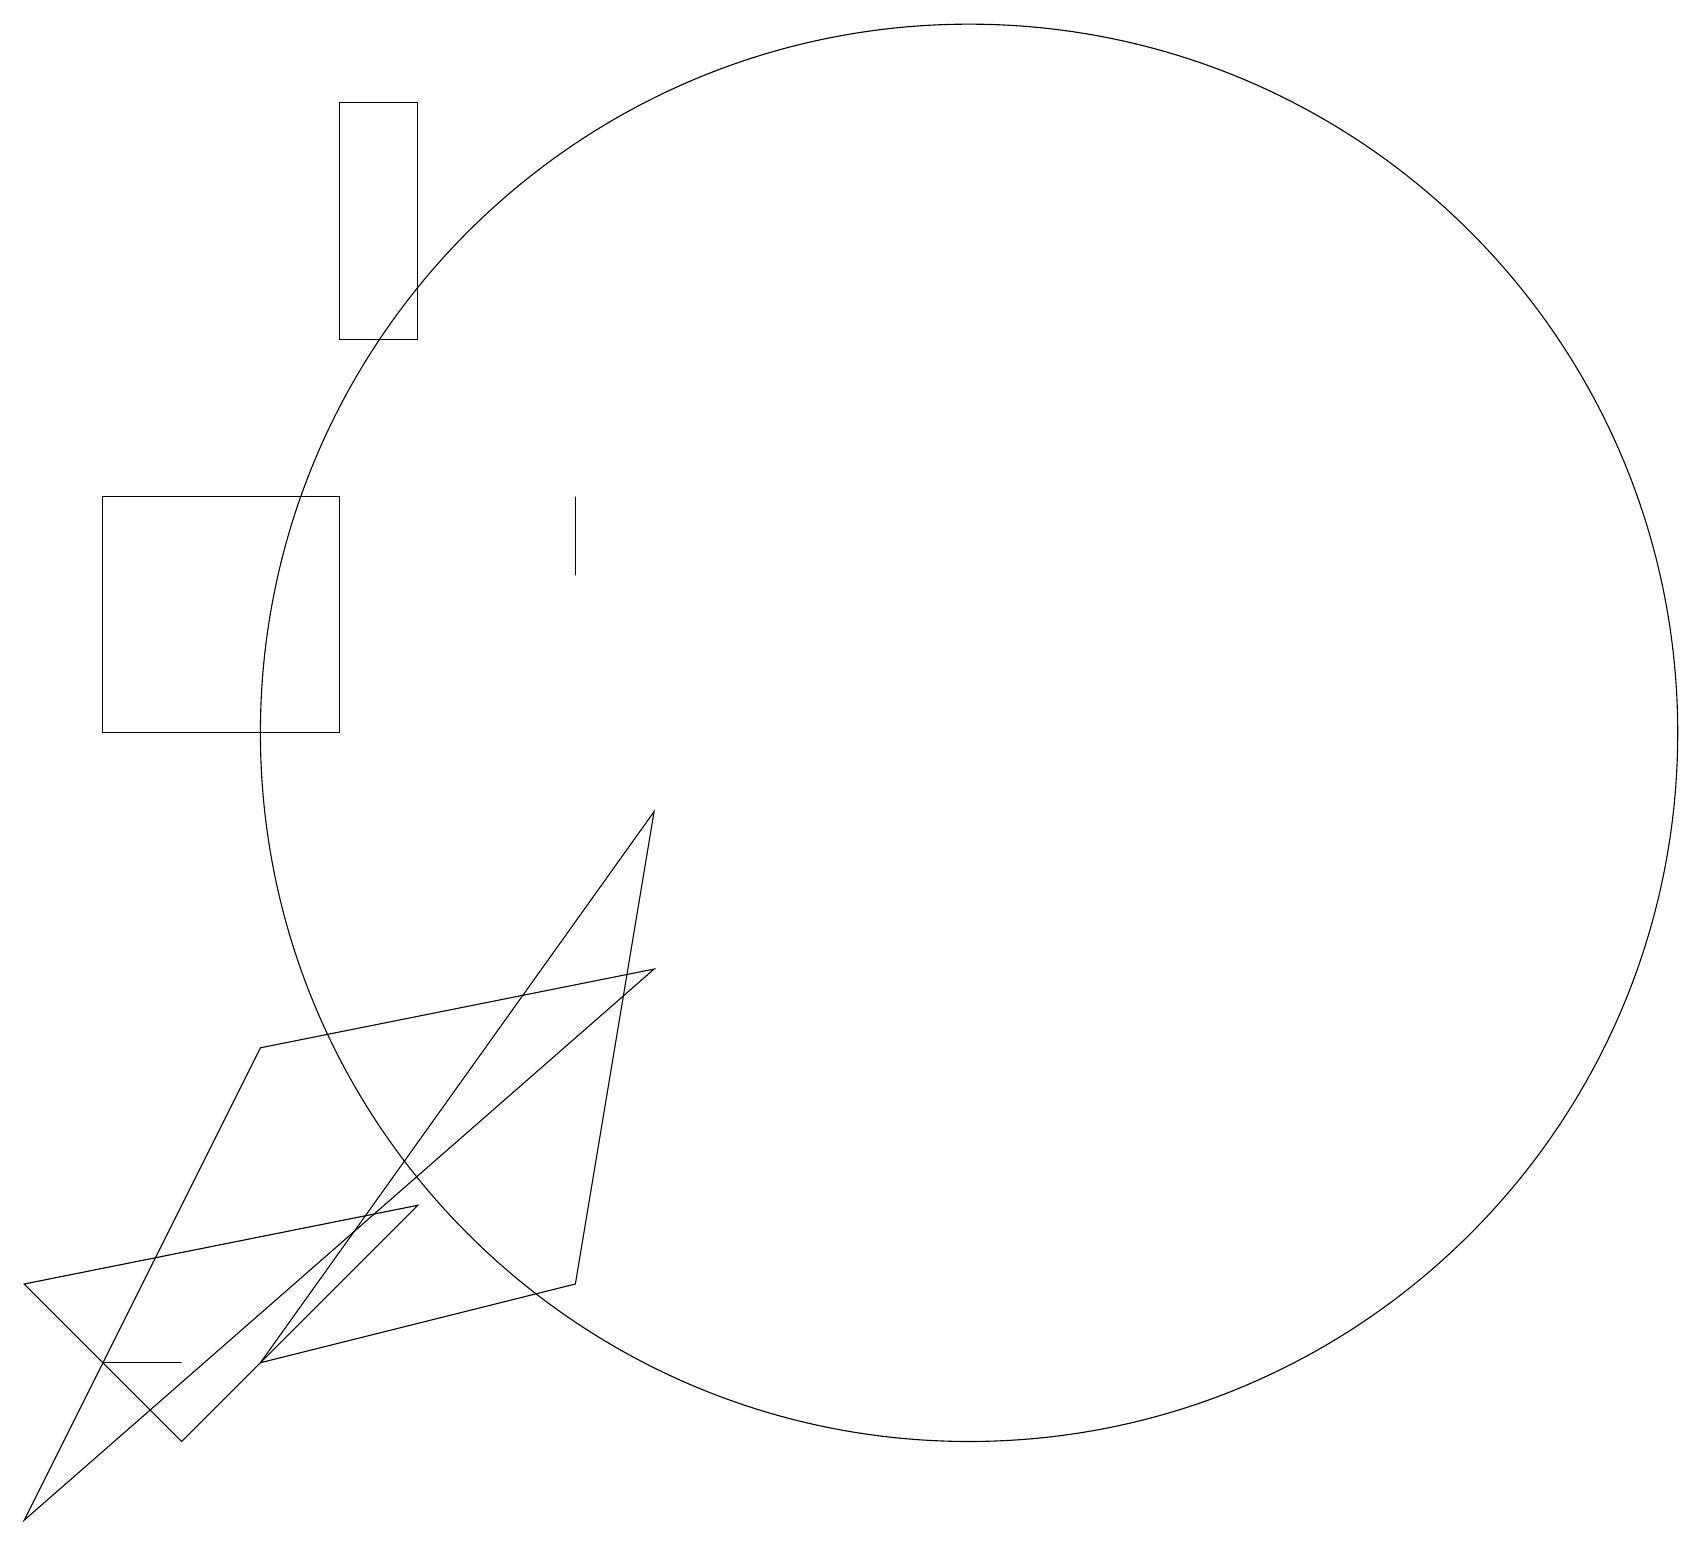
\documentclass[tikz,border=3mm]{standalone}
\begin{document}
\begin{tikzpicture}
\draw (8,7) -- (3,6) -- (0,0) -- cycle;
\draw (7,13) rectangle (7,12);
\draw (5,18) rectangle (4,15);
\draw (4,10) rectangle (1,13);
\draw (5,4) -- (2,1) -- (0,3) -- cycle;
\draw (12,10) circle (9);
\draw (2,2) -- (1,2) -- (2,2) -- cycle;
\draw (7,3) -- (8,9) -- (3,2) -- cycle;
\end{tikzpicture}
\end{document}